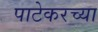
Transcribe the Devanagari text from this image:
पाटेकरच्या